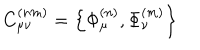
LaTeX: C _ { \mu \nu } ^ { ( n m ) } = \left\{ \Phi _ { \mu } ^ { ( n ) } , \Phi _ { \nu } ^ { ( m ) } \right\}